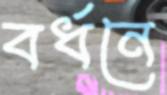
বর্ধনে